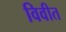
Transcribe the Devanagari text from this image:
विवीत